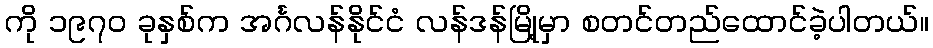
ကို ၁၉၇၀ ခုနှစ်က အင်္ဂလန်နိုင်ငံ လန်ဒန်မြို့မှာ စတင်တည်ထောင်ခဲ့ပါတယ်။